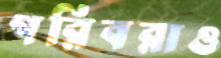
গরিবরাও